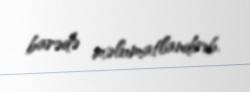
barədə məlumatlandırıb.